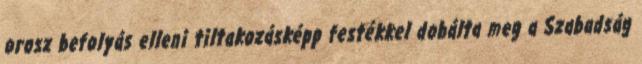
orosz befolyás elleni tiltakozásképp festékkel dobálta meg a Szabadság